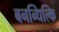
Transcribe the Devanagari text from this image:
बनन्धिल्कि